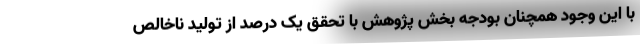
با این وجود همچنان بودجه بخش پژوهش با تحقق یک درصد از تولید ناخالص